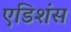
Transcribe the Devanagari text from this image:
एडिशंस